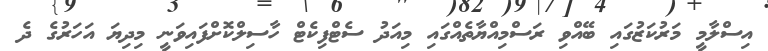
އިސްލާމީ މަރުކަޒުގައި ބޭއްވި ރަސްމިއްޔާތެއްގައި މިއަދު ސެޓްފިކެޓް ހާސިލްކޮށްފައިވަނީ މިދިޔަ އަހަރުގެ ދެ